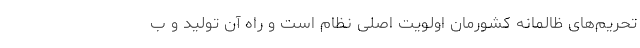
تحریم‌های ظالمانه کشورمان اولویت اصلی نظام است و راه آن تولید و ب